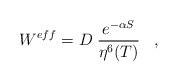
LaTeX: \begin{align*}W^{eff} = D\; \frac{e^{-\alpha S} }{\eta^6(T)}\;\;\;,\end{align*}